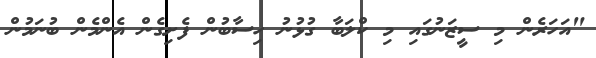
"އަހަރެން މި ސީޒަނުގައި މި ކްލަބާ ގުޅުނު ހިސާބުން ފެށިގެން އެންމެން ބުނަމުން